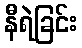
နီရဲခြင်း